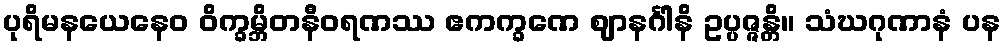
ပုရိမနယေနေဝ ဝိက္ခမ္ဘိတနီဝရဏဿ ဧကက္ခဏေ ဈာနင်္ဂါနိ ဥပ္ပဇ္ဇန္တိ။ သံဃဂုဏာနံ ပန